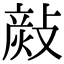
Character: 𢾬